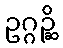
ဥဂ္ဂဉ္ဆိ